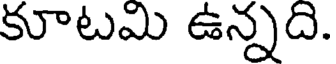
కూటమి ఉన్నది.